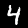
Label: 4